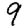
Digit: 9